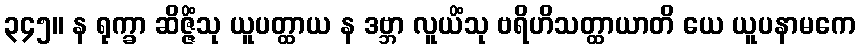
၃၄၅။ န ရုက္ခာ ဆိဇ္ဇိံသု ယူပတ္ထာယ န ဒဗ္ဘာ လူယိံသု ဗရိဟိသတ္ထာယာတိ ယေ ယူပနာမကေ